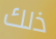
ذلك